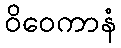
ဝိဝေကာနံ